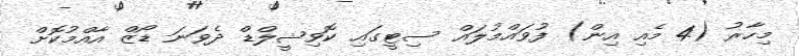
މިހާރު (4 މެއި އިން) ފުވައްމުލައް ސިޓީގައި ކޮވިޝީލްޑް ދެވަނަ ޑޯޒް އާއްމުކޮށް